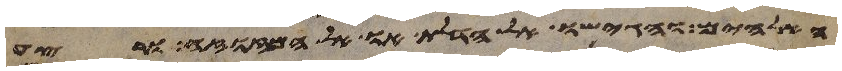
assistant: האלהים והגישו אל הדלת או אל המזוזה ורצע